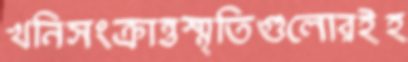
খনিসংক্রান্তস্মৃতিগুলোরইহ